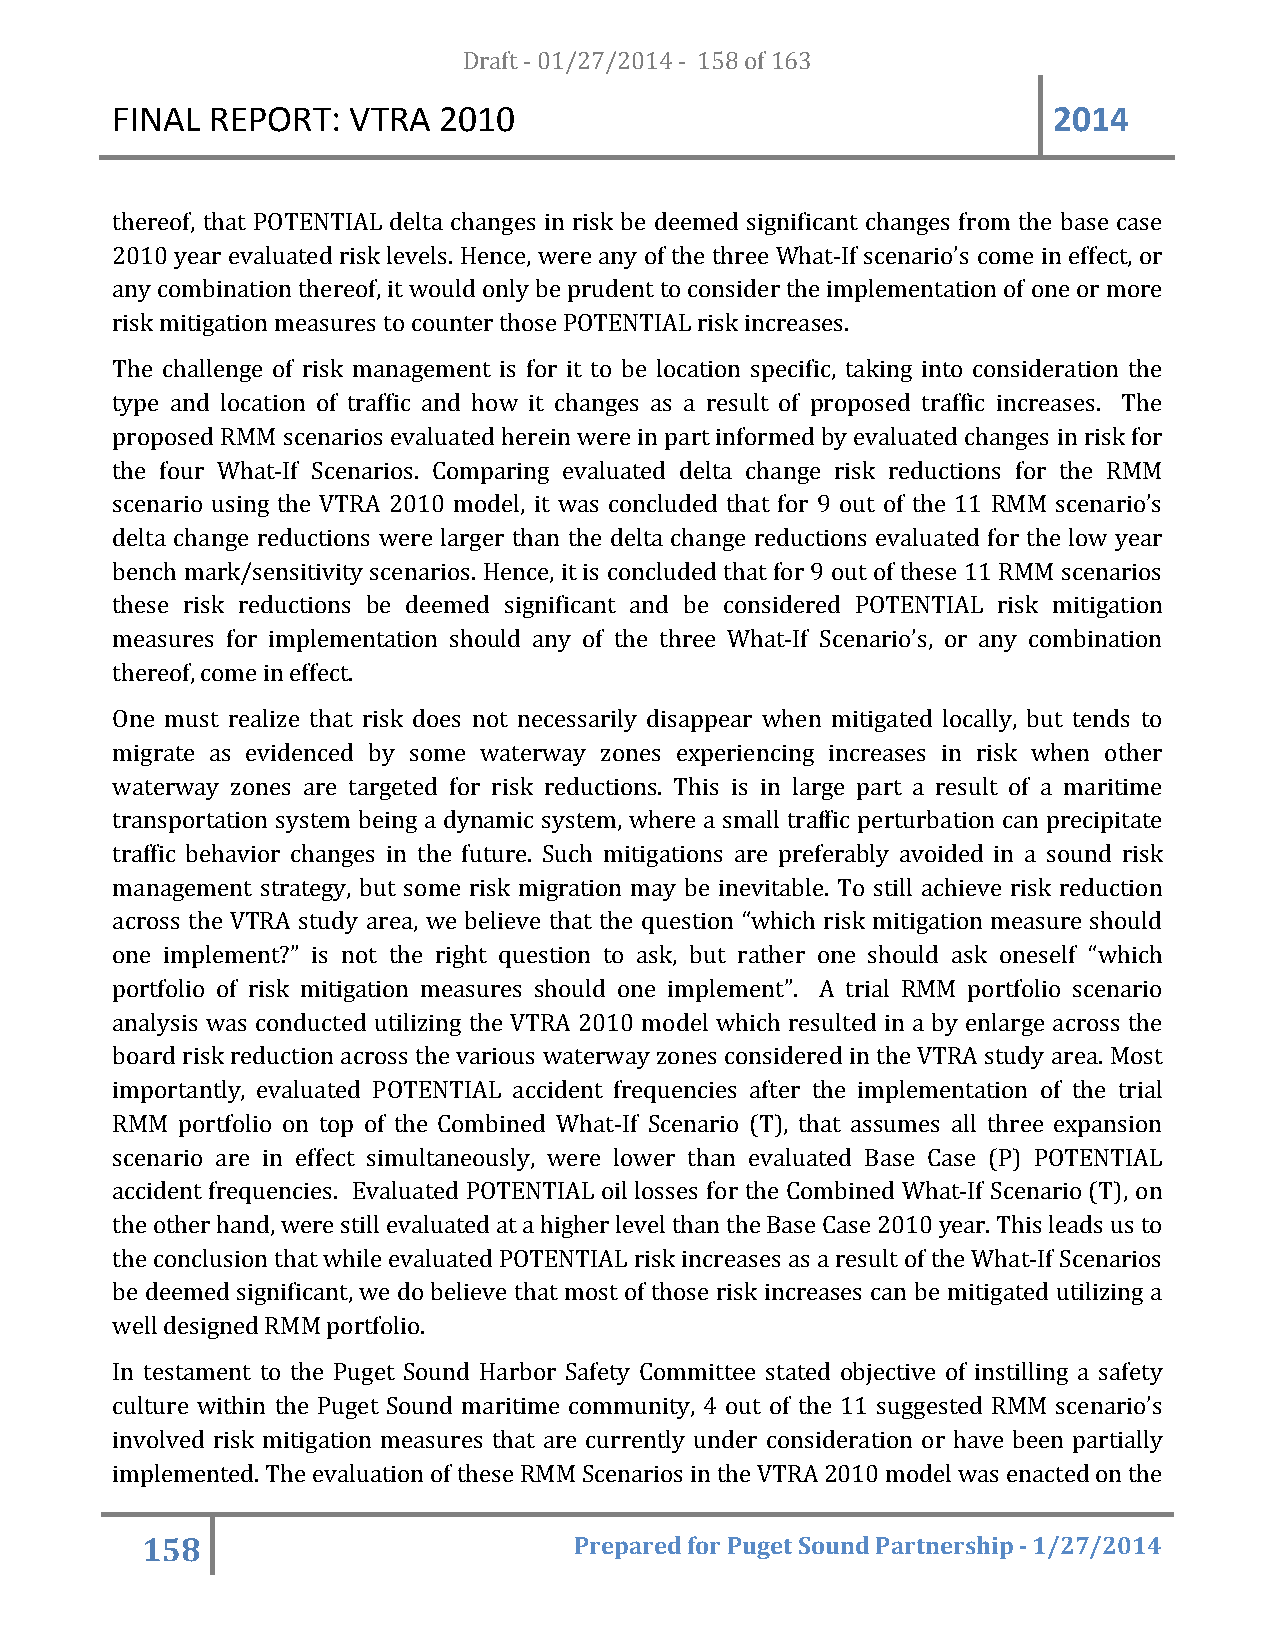
FINAL  REPORT:  VTRA  20D1ra0ft - 01/27/2014 - 158 of 163      2014
 thereof, that POTENTIAL delta changes in risk be deemed significant changes from the base case
 2010 year evaluated risk levels. Hence, were any of the three What-If scenario’s come in effect, or
 any combination thereof, it would only be prudent to consider the implementation of one or more
 risk mitigation measures to counter those POTENTIAL risk increases.
 The challenge of risk management is for it to be location specific, taking into consideration the
 type and location of traffic and how it changes as a result of proposed traffic increases. The
 proposed RMM scenarios evaluated herein were in part informed by evaluated changes in risk for
 the four What-If Scenarios. Comparing evaluated delta change risk reductions for the RMM
 scenario using the VTRA 2010 model, it was concluded that for 9 out of the 11 RMM scenario’s
 delta change reductions were larger than the delta change reductions evaluated for the low year
 bench mark/sensitivity scenarios. Hence, it is concluded that for 9 out of these 11 RMM scenarios
 these risk reductions be deemed significant and be considered POTENTIAL risk mitigation
 measures for implementation should any of the three What-If Scenario’s, or any combination
 thereof, come in effect.
 One must realize that risk does not necessarily disappear when mitigated locally, but tends to
 migrate as evidenced by some waterway zones experiencing increases in risk when other
 waterway zones are targeted for risk reductions. This is in large part a result of a maritime
 transportation system being a dynamic system, where a small traffic perturbation can precipitate
 traffic behavior changes in the future. Such mitigations are preferably avoided in a sound risk
 management strategy, but some risk migration may be inevitable. To still achieve risk reduction
 across the VTRA study area, we believe that the question “which risk mitigation measure should
 one implement?” is not the right question to ask, but rather one should ask oneself “which
 portfolio of risk mitigation measures should one implement”. A trial RMM portfolio scenario
 analysis was conducted utilizing the VTRA 2010 model which resulted in a by enlarge across the
 board risk reduction across the various waterway zones considered in the VTRA study area. Most
 importantly, evaluated POTENTIAL accident frequencies after the implementation of the trial
 RMM  portfolio on top of the Combined What-If Scenario (T), that assumes all three expansion
 scenario are in effect simultaneously, were lower than evaluated Base Case (P) POTENTIAL
 accident frequencies. Evaluated POTENTIAL oil losses for the Combined What-If Scenario (T), on
 the other hand, were still evaluated at a higher level than the Base Case 2010 year. This leads us to
 the conclusion that while evaluated POTENTIAL risk increases as a result of the What-If Scenarios
 be deemed significant, we do believe that most of those risk increases can be mitigated utilizing a
 well designed RMM portfolio.
 In testament to the Puget Sound Harbor Safety Committee stated objective of instilling a safety
 culture within the Puget Sound maritime community, 4 out of the 11 suggested RMM scenario’s
 involved risk mitigation measures that are currently under consideration or have been partially
 implemented. The evaluation of these RMM Scenarios in the VTRA 2010 model was enacted on the
 158                          Prepared for Puget Sound Partnership - 1/27/2014